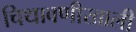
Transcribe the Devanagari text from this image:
चिथावणीखाली